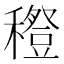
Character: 𥣎